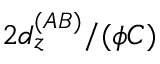
2 d _ { z } ^ { ( A B ) } / ( \phi C )